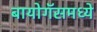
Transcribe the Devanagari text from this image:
बायोगॅसमध्ये